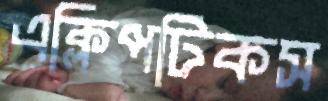
এক্লিপটিকস